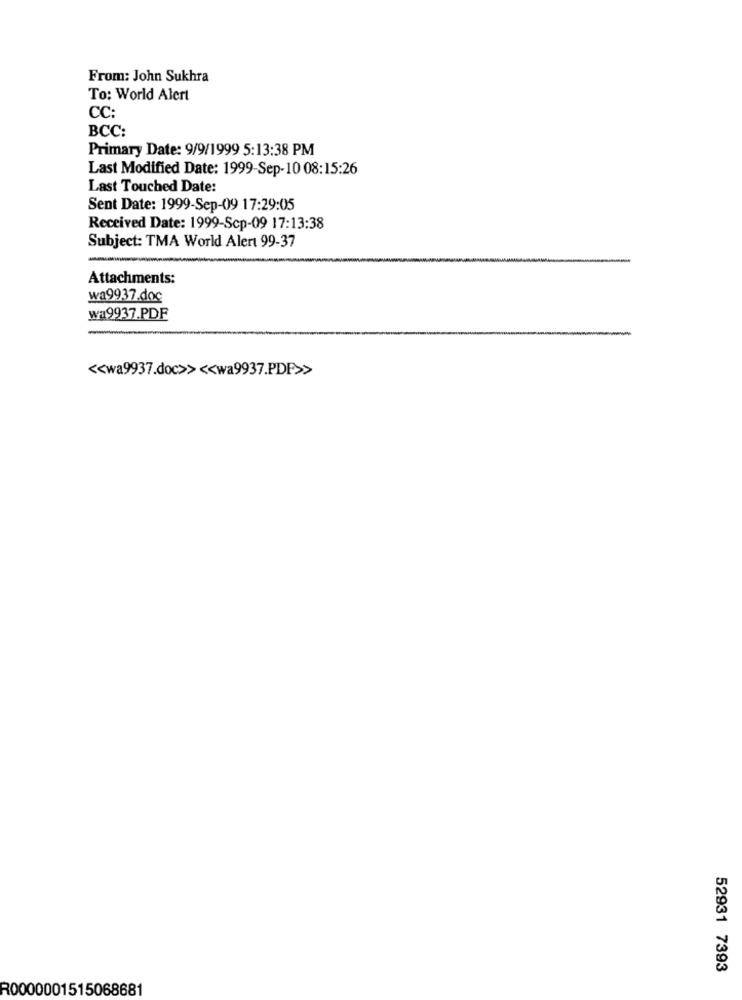
From: John Sukhra
To: World Alert
CC:
BCC:
Primary Date: 9/9/1999 5:13:38 PM
Last Modified Date: 1999-Sep-10 08:15:26
Last Touched Date:
Sent Date: 1999-Sep-09 17:29:05
Received Date: 1999-Scp-09 17:13:38
Subject: TMA World Alert 99-37
Attachments:
wa9937.doc
wa9937.PDF
<< wa9937.doc>> << wa9937.PDF>>
52931 7393
R0000001515068681